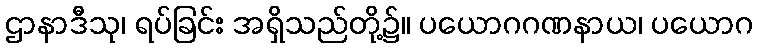
ဌာနာဒီသု၊ ရပ်ခြင်း အရှိသည်တို့၌။ ပယောဂဂဏနာယ၊ ပယောဂ